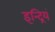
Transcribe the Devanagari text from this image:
इन्द्रियं